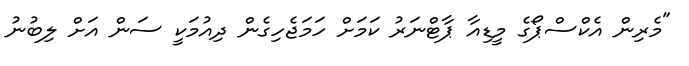
"މެރިން އެކްސްޕޯގެ މީޑިއާ ޕާޓްނަރު ކަމަށް ހަމަޖެހިގެން ދިއުމަކީ ސަން އަށް ލިބުނު